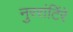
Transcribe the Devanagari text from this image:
नुररांटिंरे